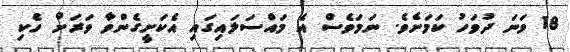
18 ވަނަ ދުވަހު ކަމަށެވެ. ނަމަވެސް އެ މައްސަލައިގައި އެކަށީގެންވާ ވަރަށް ހެކި